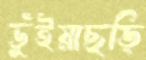
ভুঁইয়াছড়ি